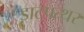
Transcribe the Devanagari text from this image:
डाटपत्थर